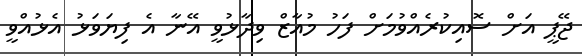
ޖޭޕީ އަށް ސޮއިކުރެއްވުމަށް ފަހު މުއާޒް ވިދާޅުވީ އޭނާ އެ ފިޔަވަޅު އެޅުއްވީ